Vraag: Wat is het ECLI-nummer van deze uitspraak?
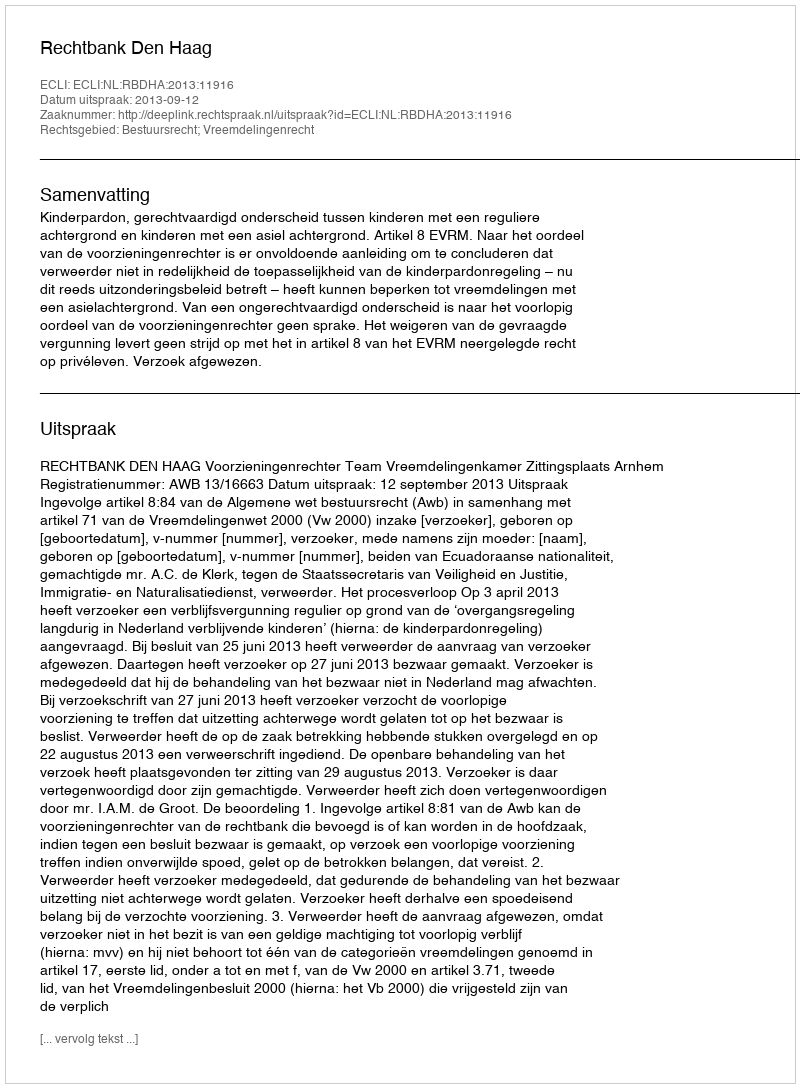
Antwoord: ECLI:NL:RBDHA:2013:11916